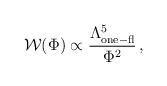
LaTeX: \begin{align*}{\cal W}(\Phi) \propto \frac{\Lambda^5_{\rm one-fl}}{\Phi^2} \,,\end{align*}